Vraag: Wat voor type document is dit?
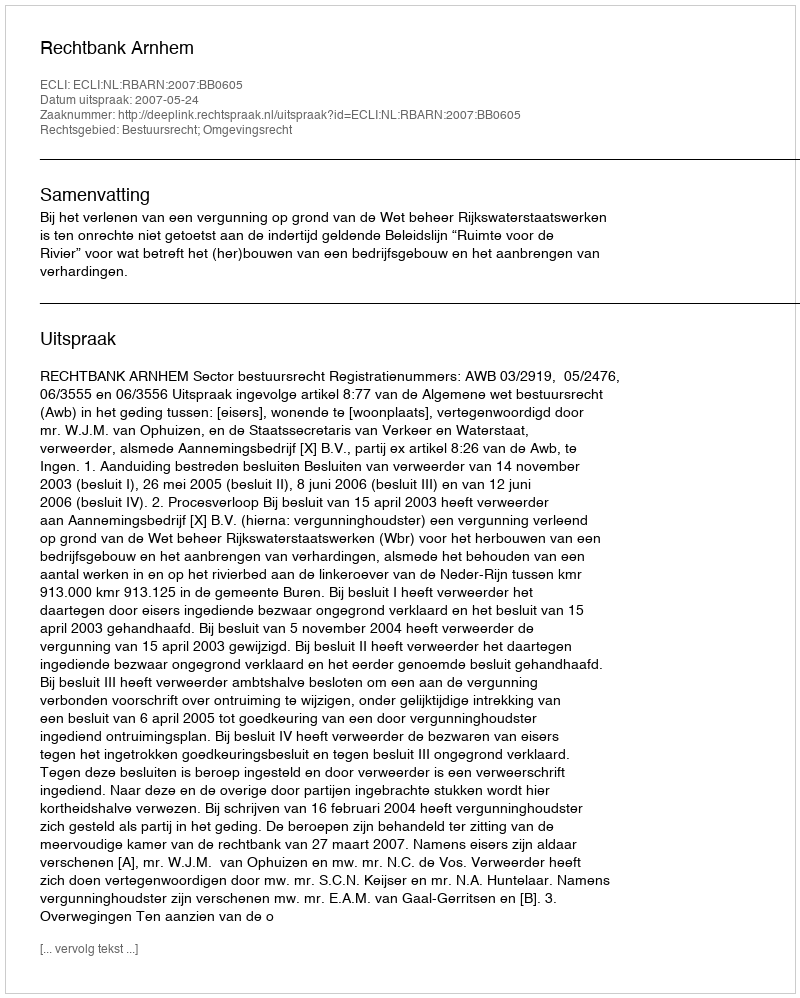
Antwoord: Uitspraak